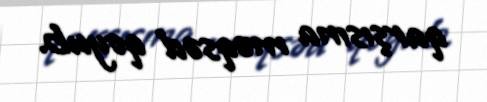
qarşısına məqsəd qoyub.